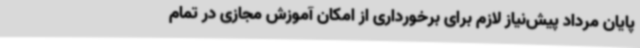
پایان مرداد پیش‌نیاز لازم برای برخورداری از امکان آموزش مجازی در تمام